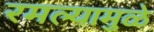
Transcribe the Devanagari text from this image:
रमल्यामुळे